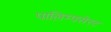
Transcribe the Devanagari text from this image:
पालिम्पसेस्ट